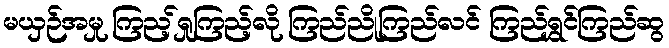
မယှဉ်အမှု ကြည့်ရှုကြည့်လို ကြည်ညိုကြည်လင် ကြည်ရွှင်ကြည်ဆွ